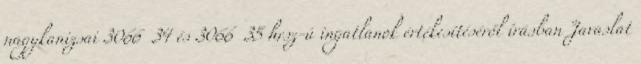
nagykanizsai 3066 34 és 3066 35 hrsz-ú ingatlanok értékesítéséről írásban Javaslat